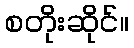
စတိုးဆိုင်။